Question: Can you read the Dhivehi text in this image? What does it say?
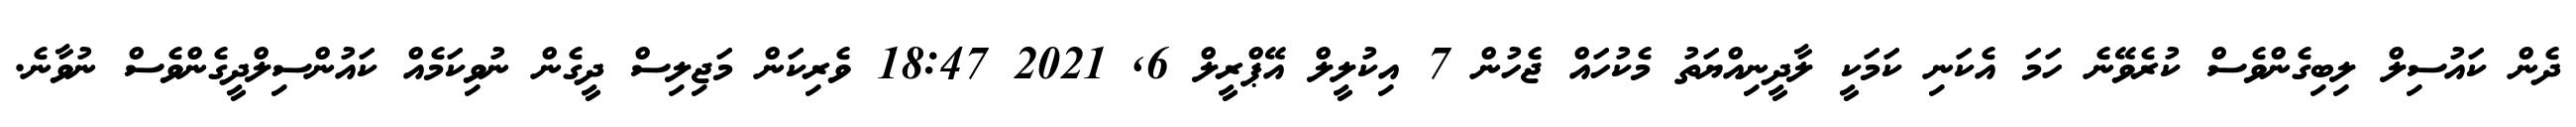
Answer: ދެން ކައުސިލް ލިބިގެންވެސް ކުރެވޭނެ ހަމަ އެކަނި ކަމަކީ ލާދީނިއްޔަތު މެކުހައް ޖެހުން 7 އިކުލީލް އޭޕްރީލް 6, 2021 18:47 ވެރިކަން މަޖިލިސް ދީގެން ނުވިކަމެއް ކައުންސިލްދީގެންވެސް ނުވާނެ.